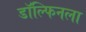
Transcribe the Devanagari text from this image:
डॉल्फिनला